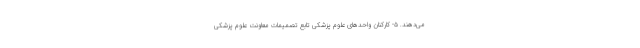
می‌دهند. ۵- کارکنان واحد‌های علوم پزشکی تابع تصمیمات معاونت علوم پزشکی